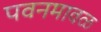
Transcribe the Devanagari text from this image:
पवनमावळ